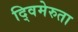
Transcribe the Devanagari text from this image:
द्विमेरुता